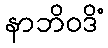
နာဘိဝဒိံ